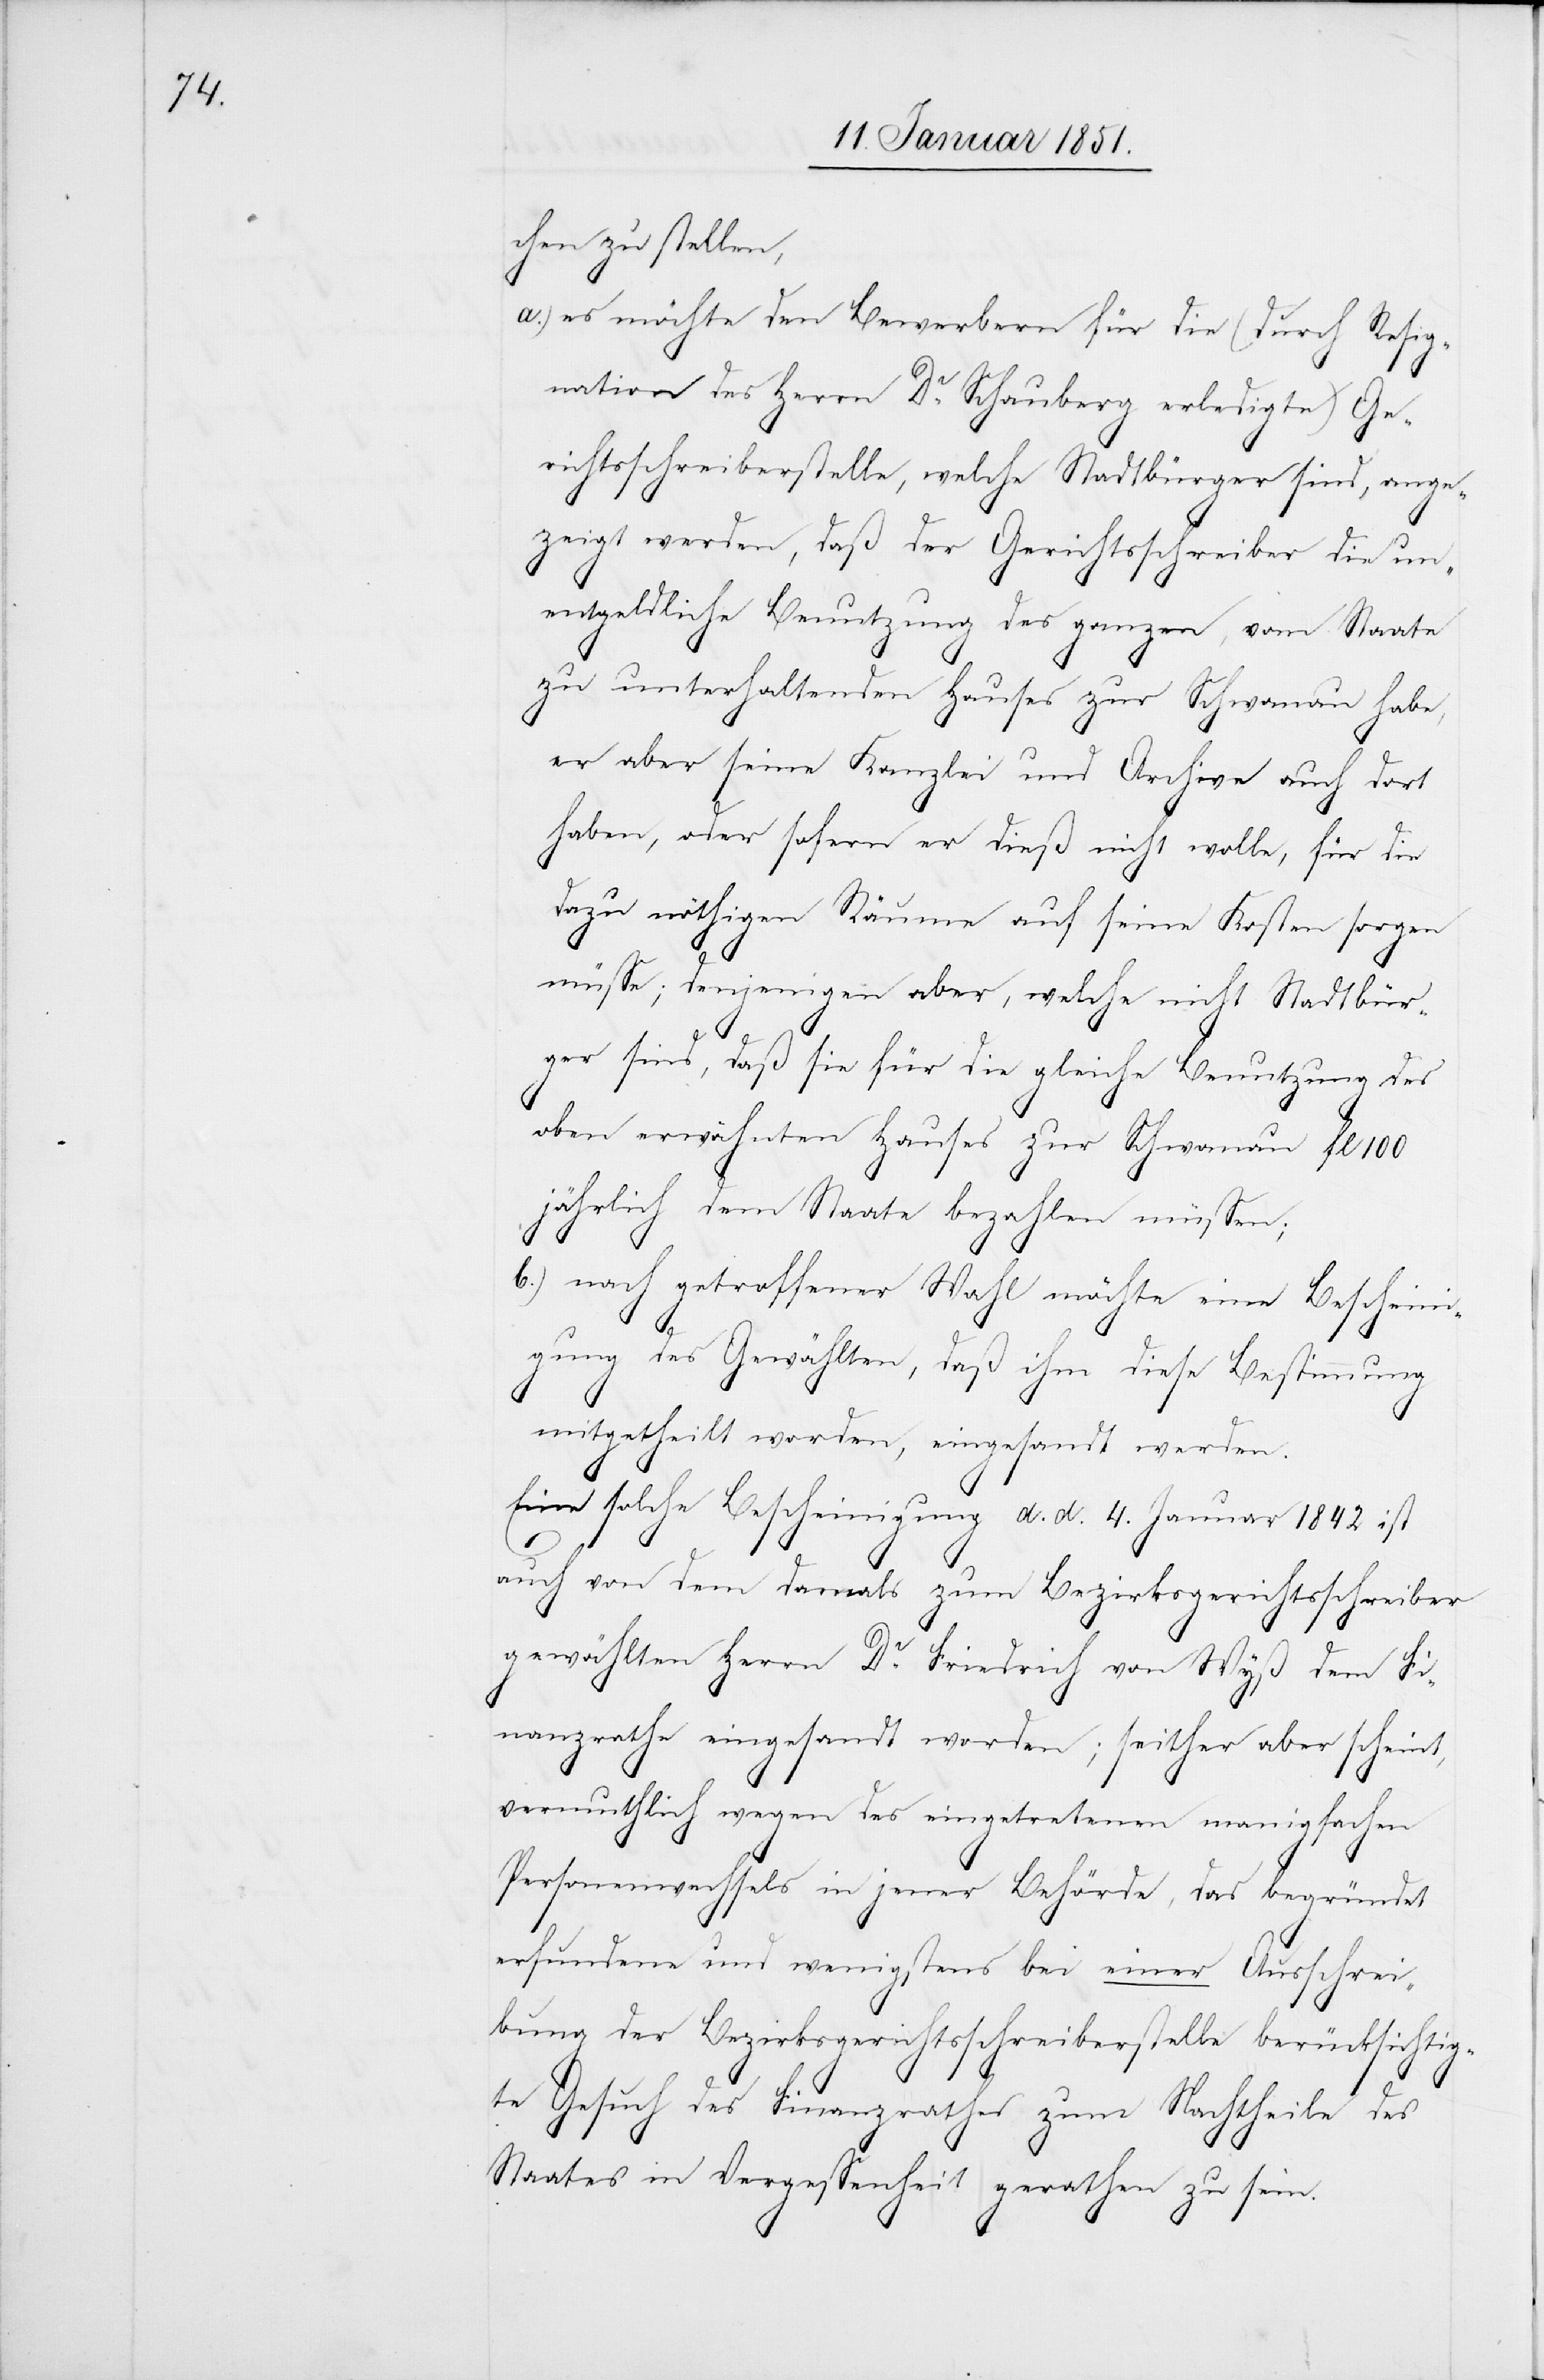
chen zu stellen
es möchte den Bewerbern für die (durch Resig¬
nation des Herrn Dr. Schauberg erledigte) Ge¬
richtsschreiberstelle, welche Stadtbürger sind, ange¬
zeigt werden, daß der Gerichtsschreiber die un¬
entgeldliche Benutzung des ganzen, vom Staate
zu unterhaltenden Hauses zur Schwanau habe,
er aber seine Kanzlei und Archive auch dort
haben, oder sofern er dieß nicht wolle, für die
dazu nöthigen Räume auf seine Kosten sorgen
müsse; denjenigen aber, welche nicht Stadtbür¬
ger sind, daß sie für die gleiche Benutzung des
oben erwähnten Hauses zur Schwanau fl 100
jährlich dem Staate bezahlen müssen;
nach getroffener Wahl möchte eine Bescheini¬
gung des Gewählten, daß ihm diese Bestimmung
mitgetheilt worden, eingesandt werden.
Eine solche Bescheinigung d. d. 4. Januar 1842 ist
auch von dem damals zum Bezirksgerichtsschreiber
gewählten Herrn Dr. Friedrich von Wyß dem Fi¬
nanzrathe eingesandt worden; seither aber scheint,
vermuthlich wegen des eingetretenen manigfachen
Personenwechsels in jener Behörde, das begründet
erfundene und wenigstens bei einer Ausschrei¬
bung der Bezirksgerichtsschreiberstelle berücksichtig¬
te Gesuch des Finanzrathes zum Nachtheile des
Staates in Vergessenheit gerathen zu sein.